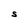
Character: S